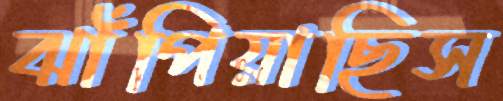
ঝাঁপিয়াছিস